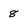
Character: 8